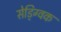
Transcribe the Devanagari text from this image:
सेड्ग्विक